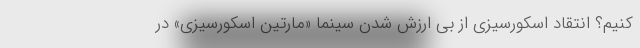
کنیم؟ انتقاد اسکورسیزی از بی ارزش شدن سینما «مارتین اسکورسیزی» در